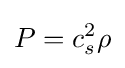
P=c_{s}^{2}\rho